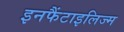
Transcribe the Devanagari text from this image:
इनफैंटाइलिज्म